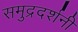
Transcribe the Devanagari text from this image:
समुद्रदर्शनी